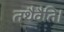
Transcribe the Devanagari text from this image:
तथैवैति।